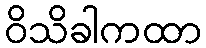
ဝိသိခါကထာ